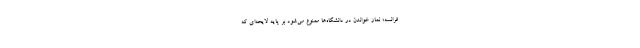
فرانسه؛ نماز خواندن در دانشگاه‌ها ممنوع می‌شود بر پایه لایحه‌ای که